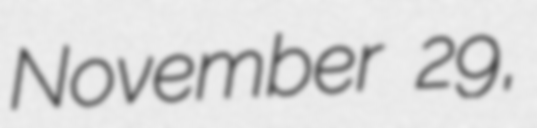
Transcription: November 29,